Annual administration report of the Civil Veterinary Department, Ajmere-Merwara, British Rajputana - 1914-1940
Year: 1914
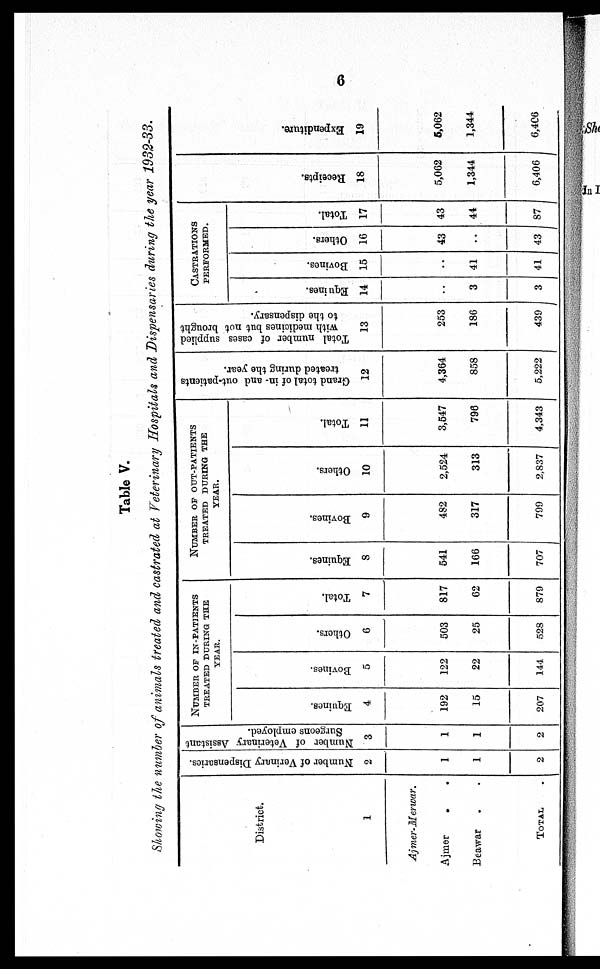
6
Table V.
Showing the number of animals treated and castrated at Veterinary Hospitals and Dispensaries during the year 1932-33.
District.
1
Ajmer-Merwar.
Ajmer
. .
Beawar . .
TOTAL .
Number of Verinary Dispensaries.
2
1
1
2
Number of Veterinary Assistant
Surgeons employed.
3
1
1
2
NUMBER OF IN-PATIENTS
TREATED DURING THE
YEAR.
Equines.
4
192
15
207
Bovines.
5
122
22
144
Others.
6
503
25
528
Total.
7
817
62
879
NUMBER OF OUT-PATIENTS
TREATED DURING THE
YEAR.
Equines.
8
541
166
707
Bovines.
9
482
317
799
Others.
10
2,524
313
2,837
Total.
11
3,547
796
4,343
Grand total of in- and out-pationts
treated during the year.
12
4,364
858
5,222
Total number of cases supplied
with medicines but not brought
to the dispensary.
13
253
186
439
CASTRATIONS
PERFORMED.
Equines.
14
..
3
3
Bovines.
15
..
41
41
Others.
16
43
..
43
Total.
17
43
44
87
Recei pt s .
18
5,062
1,344
6,406
Expe ndi t
ur e .
19
5,062
1,344
6,406